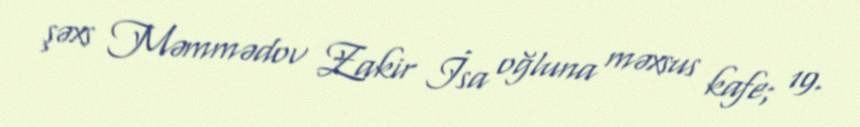
şəxs Məmmədov Zakir İsa oğluna məxsus kafe; 19.